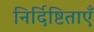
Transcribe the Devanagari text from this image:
निर्दिष्टिताएँ